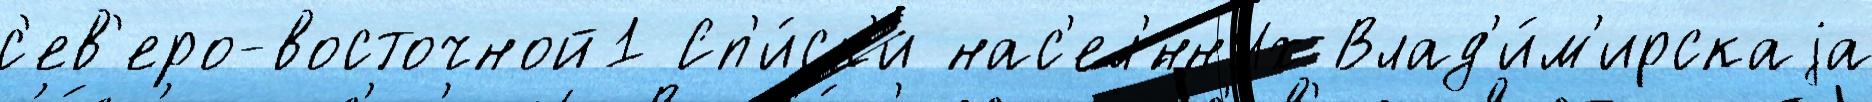
с'ев'еро-восточной1 Сп'и́ск'и нас'ел'́нных Влад'и́м'ирскаjа